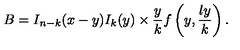
B = I _ { n - k } ( x - y ) I _ { k } ( y ) \times \frac { y } { k } f \left( y , \frac { l y } { k } \right) .